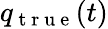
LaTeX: q_{\mathrm{~t~r~u~e~}}(t)